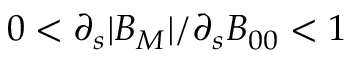
0 < \partial _ { s } | B _ { M } | / \partial _ { s } B _ { 0 0 } < 1